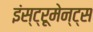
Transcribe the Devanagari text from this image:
इंस्ट्रूमेन्ट्स